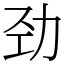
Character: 劲